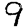
Digit: 9